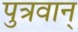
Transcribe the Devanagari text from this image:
पुत्रवान्